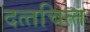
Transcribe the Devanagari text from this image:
दत्‍तचित्‍त